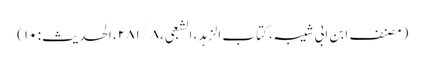
(مصنف ابن ابی شیبہ، کتاب الزہد، الشعبی، ۸ / ۲۸۱، الحدیث: ۱۰)